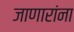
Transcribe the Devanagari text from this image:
जाणारांना